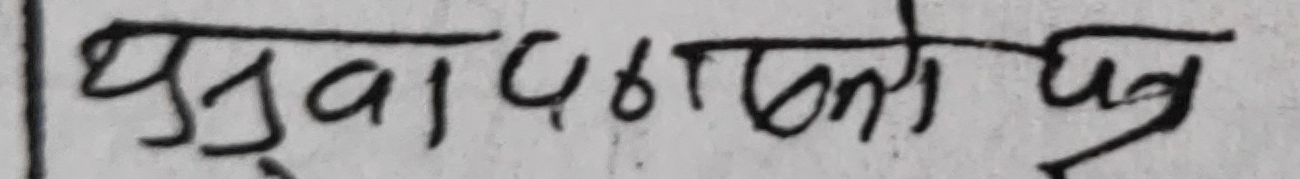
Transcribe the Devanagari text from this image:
युवा पर्यटन